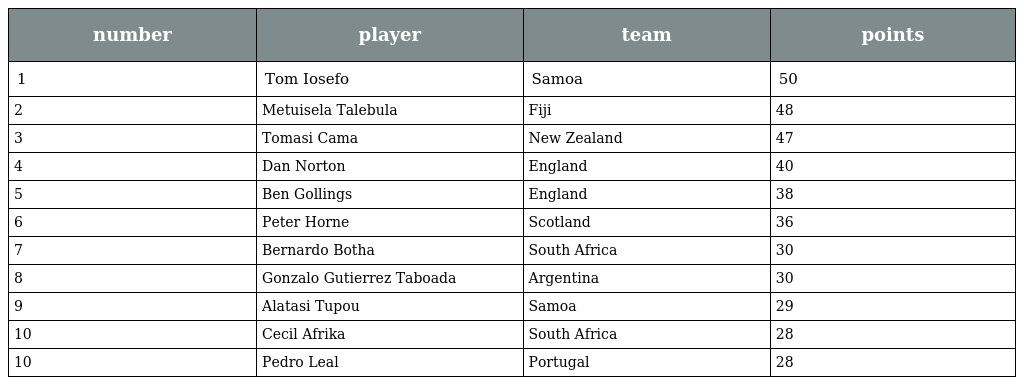
| number | player | team | points |
 | --- | --- | --- | --- |
 | 1 | Tom Iosefo | Samoa | 50 |
 | 2 | Metuisela Talebula | Fiji | 48 |
 | 3 | Tomasi Cama | New Zealand | 47 |
 | 4 | Dan Norton | England | 40 |
 | 5 | Ben Gollings | England | 38 |
 | 6 | Peter Horne | Scotland | 36 |
 | 7 | Bernardo Botha | South Africa | 30 |
 | 8 | Gonzalo Gutierrez Taboada | Argentina | 30 |
 | 9 | Alatasi Tupou | Samoa | 29 |
 | 10 | Cecil Afrika | South Africa | 28 |
 | 10 | Pedro Leal | Portugal | 28 |